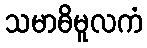
သမာဓိမူလကံ